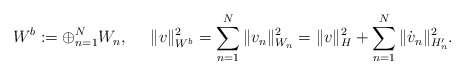
\begin{align*}W^b:= \oplus_{n=1}^N W_n,~~~~ \|v\|_{W^b}^2= \sum_{n=1}^N \|v_n\|_{W_n}^2= \|v\|_H^2+ \sum_{n=1}^N \|\dot v_n\|_{H_n'}^2 .\end{align*}